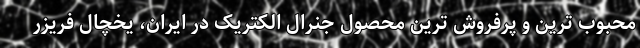
محبوب ترین و پرفروش ترین محصول جنرال الکتریک در ایران، یخچال فریزر